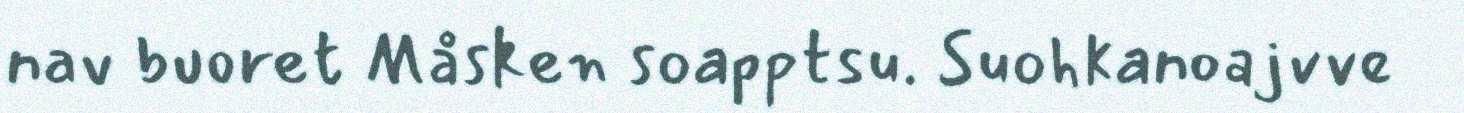
nav buoret Måsken soapptsu. Suohkanoajvve